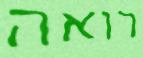
רואה